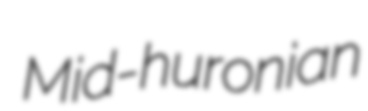
Mid-huronian